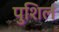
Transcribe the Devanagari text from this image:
पुशिलं